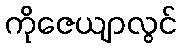
ကိုဇေယျာလွင်